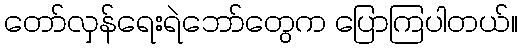
တော်လှန်ရေးရဲဘော်တွေက ပြောကြပါတယ်။